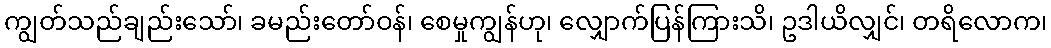
ကျွတ်သည်ချည်းသော်၊ ခမည်းတော်ဝန်၊ စေမှုကျွန်ဟု၊ လျှောက်ပြန်ကြားသိ၊ ဥဒါယိလျှင်၊ တရိလောက၊